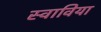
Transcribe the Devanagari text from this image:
स्वाविया